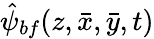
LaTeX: \hat{\psi}_{bf}(z,\bar{x},\bar{y},t)